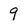
Character: 9